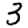
Digit: 3